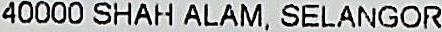
40000 SHAH ALAM, SELANGOR